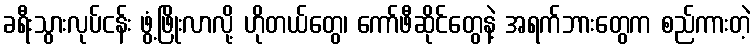
ခရီးသွားလုပ်ငန်း ဖွံ့ဖြိုးလာလို့ ဟိုတယ်တွေ၊ ကော်ဖီဆိုင်တွေနဲ့ အရက်ဘားတွေက စည်ကားတဲ့